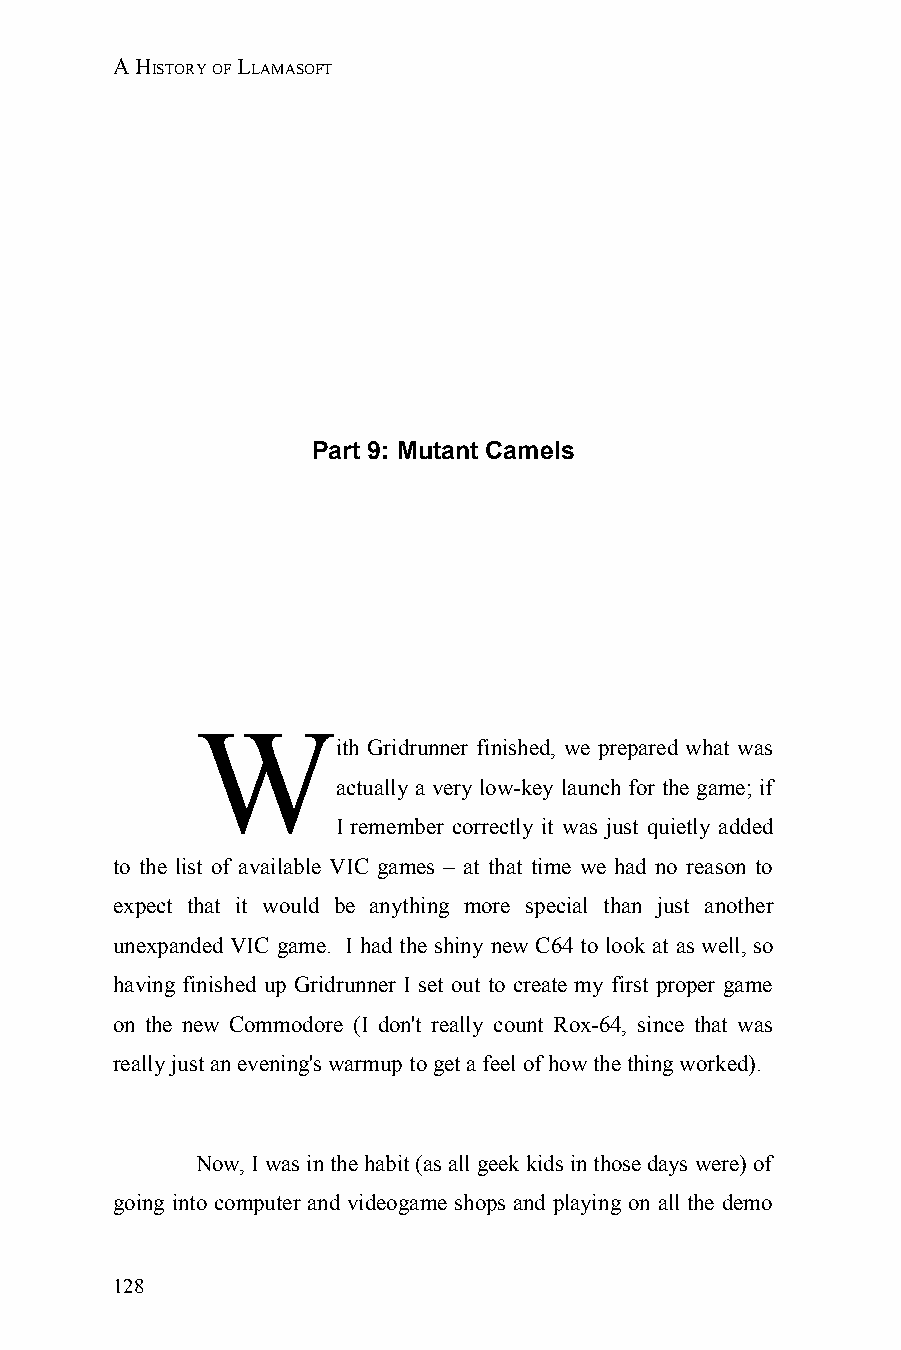
A HISTORY OF LLAMASOFT
 Part 9: Mutant Camels
 W
 ith Gridrunner finished, we prepared what was
 actually a very low-key launch for the game; if
 I remember correctly it was just quietly added
 to the list of available VIC games – at that time we had no reason to
 expect that it would be anything more special than just another
 unexpanded VIC game. I had the shiny new C64 to look at as well, so
 having finished up Gridrunner I set out to create my first proper game
 on the new Commodore (I don't really count Rox-64, since that was
 really just an evening's warmup to get a feel of how the thing worked).
 Now, I was in the habit (as all geek kids in those days were) of
 going into computer and videogame shops and playing on all the demo
 128